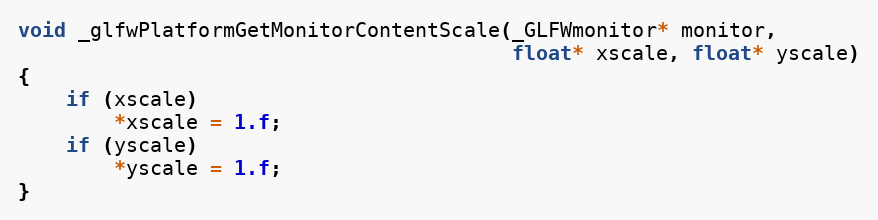
Language: C
void _glfwPlatformGetMonitorContentScale(_GLFWmonitor* monitor,
                                         float* xscale, float* yscale)
{
    if (xscale)
        *xscale = 1.f;
    if (yscale)
        *yscale = 1.f;
}